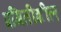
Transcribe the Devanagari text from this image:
प्रगितीशील